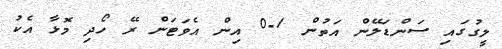
ލީގުގައި ސަންޑަލޭން އަތުން 1-0 އިން އެވަޓަން ރޭ ހޯދި މޮޅާ އެކު